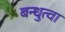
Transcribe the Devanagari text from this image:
बन्धुत्वा